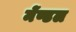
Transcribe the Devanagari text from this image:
मेंण्डल